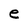
Character: e